Papers set at the Examination for Leaving Certificates, 1894
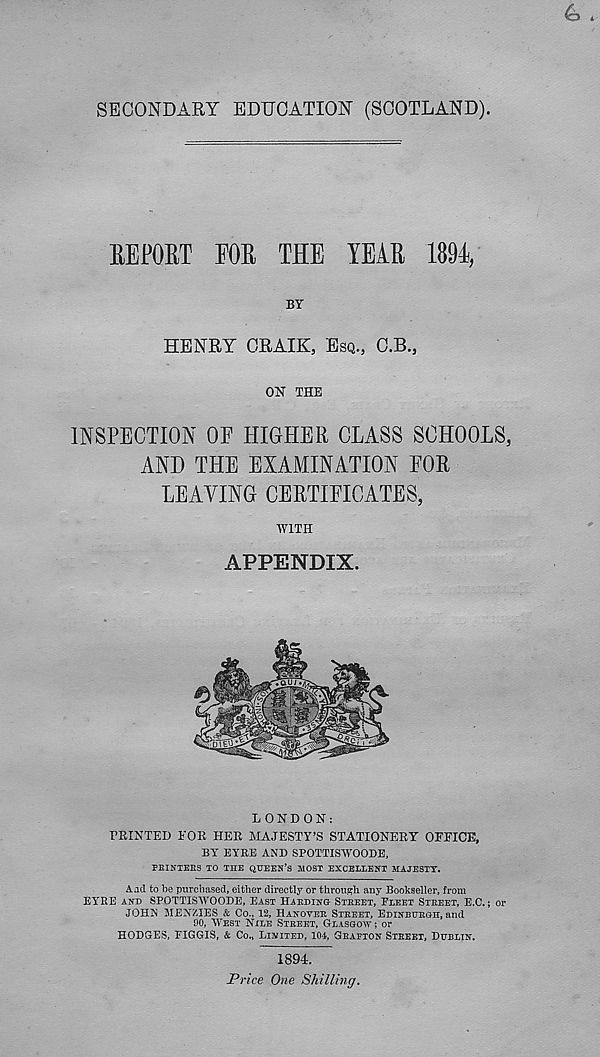
SECONDARY EDUCATION (SCOTLAND)
EEPORT FOE THE YEAE 189F,
BY
HENRY ORAIK, ESQ., C.B.,
ON THE
INSPECTION OF HIGHER CLASS SCHOOLS,
AND THE EXAMINATION FOR
LEAVING CERTIFICATES,
WITH
APPENDIX.
LONDON:
PRINTED FOR HER MAJESTY’S STATIONERY OFFICE,
BY EYRE AND SPOTTISWOODE,
PEINTEES TO THE QUEEN’S MOST EXCELLENT MAJESTY.
Aad to be purchased, either directly or through any Bookseller, from
EYRE AND SPOTTISWOODE, EAST HAEDIKG- STEEET, FLEET STEEET, E.C.; or
JOHN MENZIES & Co., 12, HANOVEK STEEET, EDINBURGH, and
90, WEST NILE STEEET, GLASGOW ; or
HODGES, FIGGIS, & Co., LIMITED, 104, GEAPTON STEEET, DUBLIN.
1894.
Price One Shilling.